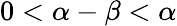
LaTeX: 0<\alpha-\beta<\alpha